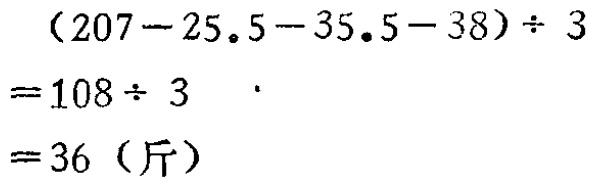
\[
\begin{align*}
&(207 - 25.5 - 35.5 - 38)\div 3\\
=&108\div 3\\
=&36 \text{（斤）}
\end{align*}
\]